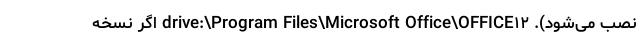
نصب می­شود). drive:\Program Files\Microsoft Office\OFFICE۱۲ اگر نسخه